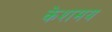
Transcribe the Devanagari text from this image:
केशमय